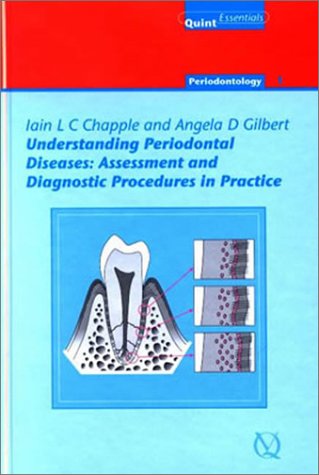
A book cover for Understanding Periodontal Diseases: Assessment and Diagnostic Procedures in Practice_(periodontology Vol. 1); Iain L. C. Chapple; Medical Books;